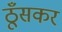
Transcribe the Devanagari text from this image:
ठूँसकर